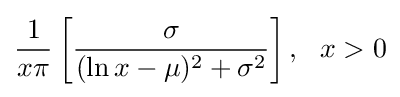
{1 \over x\pi }\left[{\sigma  \over (\ln x-\mu )^{2}+\sigma ^{2}}\right],\ \ x>0